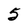
Character: 5